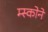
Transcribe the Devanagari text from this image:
म्स्कोने